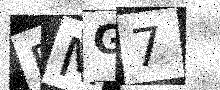
Text: EMG7